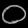
Digit: ၀